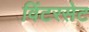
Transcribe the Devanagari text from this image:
विंटरसेट